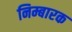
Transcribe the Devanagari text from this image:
निम्बारक